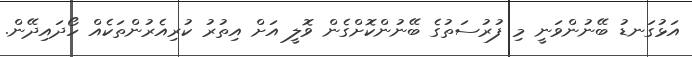
އަޅުގަނޑު ބޭނުންވަނީ މި ފުރުސަތުގެ ބޭނުންކޮށްގެން ވޮލީ އަށް އިތުުރު ކުރިއެރުންތަކެއް ހޯދައިދޭން.